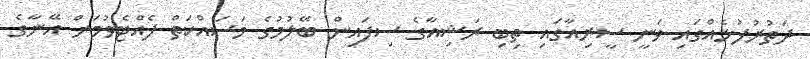
ދަތުރުފުޅެއްގައި ވަނީ ސީރިއާގައި ތިބި ރަޝިއާގެ ސިފައިން ބޭލުމުގެ މަސައްކަތް ފެއްޓެވުމަށް އޭނާގެ